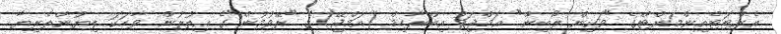
އެންޓަޓެއިންމަންޓްގެ "ވަކިން ލޯބިން" އަމްޖަދު އިބްރާހިމް (އަމްޖޭ)ގެ "ރޭވުމުން"ގެ އިތުރުން ވާހަކަ ލިޔުންތެރިޔާ